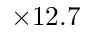
\times 1 2 . 7